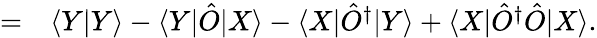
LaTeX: \begin{array}{rl}{=}&{{}{\langle{Y}|{Y}\rangle}-{\langle{Y}|}\hat{O}{|{X}\rangle}-{\langle{X}|}\hat{O}^{\dagger}{|{Y}\rangle}+{\langle{X}|}\hat{O}^{\dagger}\hat{O}{|{X}\rangle}.}\end{array}